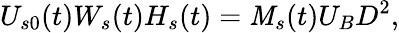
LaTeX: U_{s0}(t)W_{s}(t)H_{s}(t)=\mathit{M}_{s}(t)U_{B}D^{2},